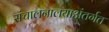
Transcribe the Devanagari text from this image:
संचालनालयाअंतर्गत